Civil Veterinary Dept. North-West Frontier Province 1901-22 - 1901-1922
Year: 1901
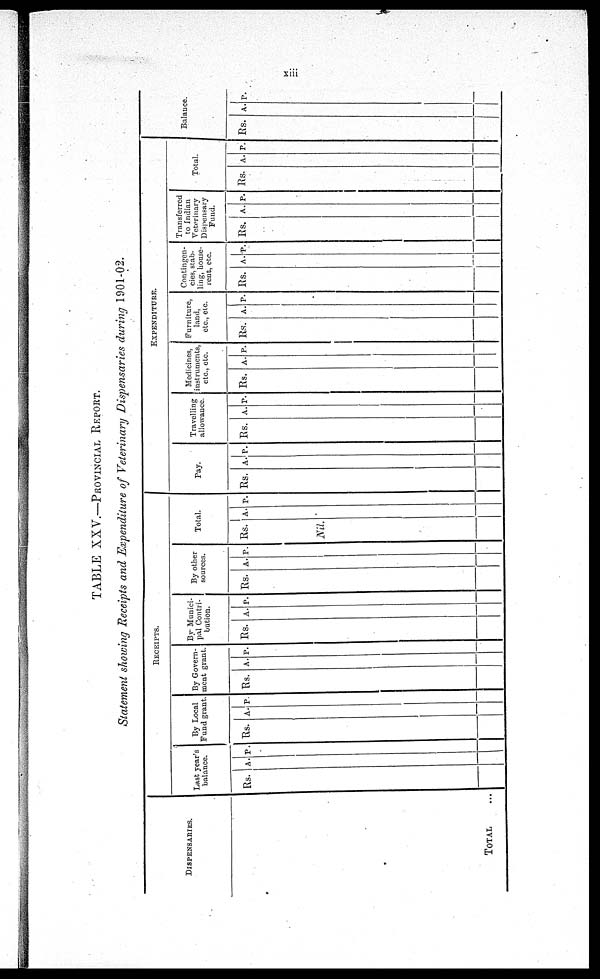
xiii
TABLE XXV.—PROVINCIAL REPORT.
Statement showing Receipts and Expenditure of Veterinary Dispensaries during 1901-02.
DISPENSARIES.
TOTAL ...
RECEIPTS.
Last year's
balance.
Rs.
A. P.
By Local
Fund grant.
Rs. A. P.
By Govern-
ment grant.
Rs. A. P.
By Munici-
pal Contri-
bution.
Rs. A. P.
By other
sources.
Rs. A. P.
Total.
Rs. A. P.
Nil.
EXPENDITURE.
Pay.
Rs. A. P.
Travelling
allowance.
Rs. A. P.
Medicines,
instruments,
etc., etc.
Rs. A. P.
Furniture,
land,
etc., etc.
Rs. A. P.
Contingen-
cies, stab
ling, house¬
rent, etc.
Rs. A. P.
Transferred
to Indian
Veterinary
Dispensary
Fund.
Rs. A. P.
Total.
Rs. A. P.
Balance.
Rs. A. P.